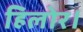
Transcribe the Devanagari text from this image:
हिलोर।